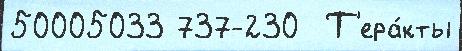
50005033 737-230  Т'ера́кты